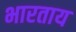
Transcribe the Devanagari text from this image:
भारताय